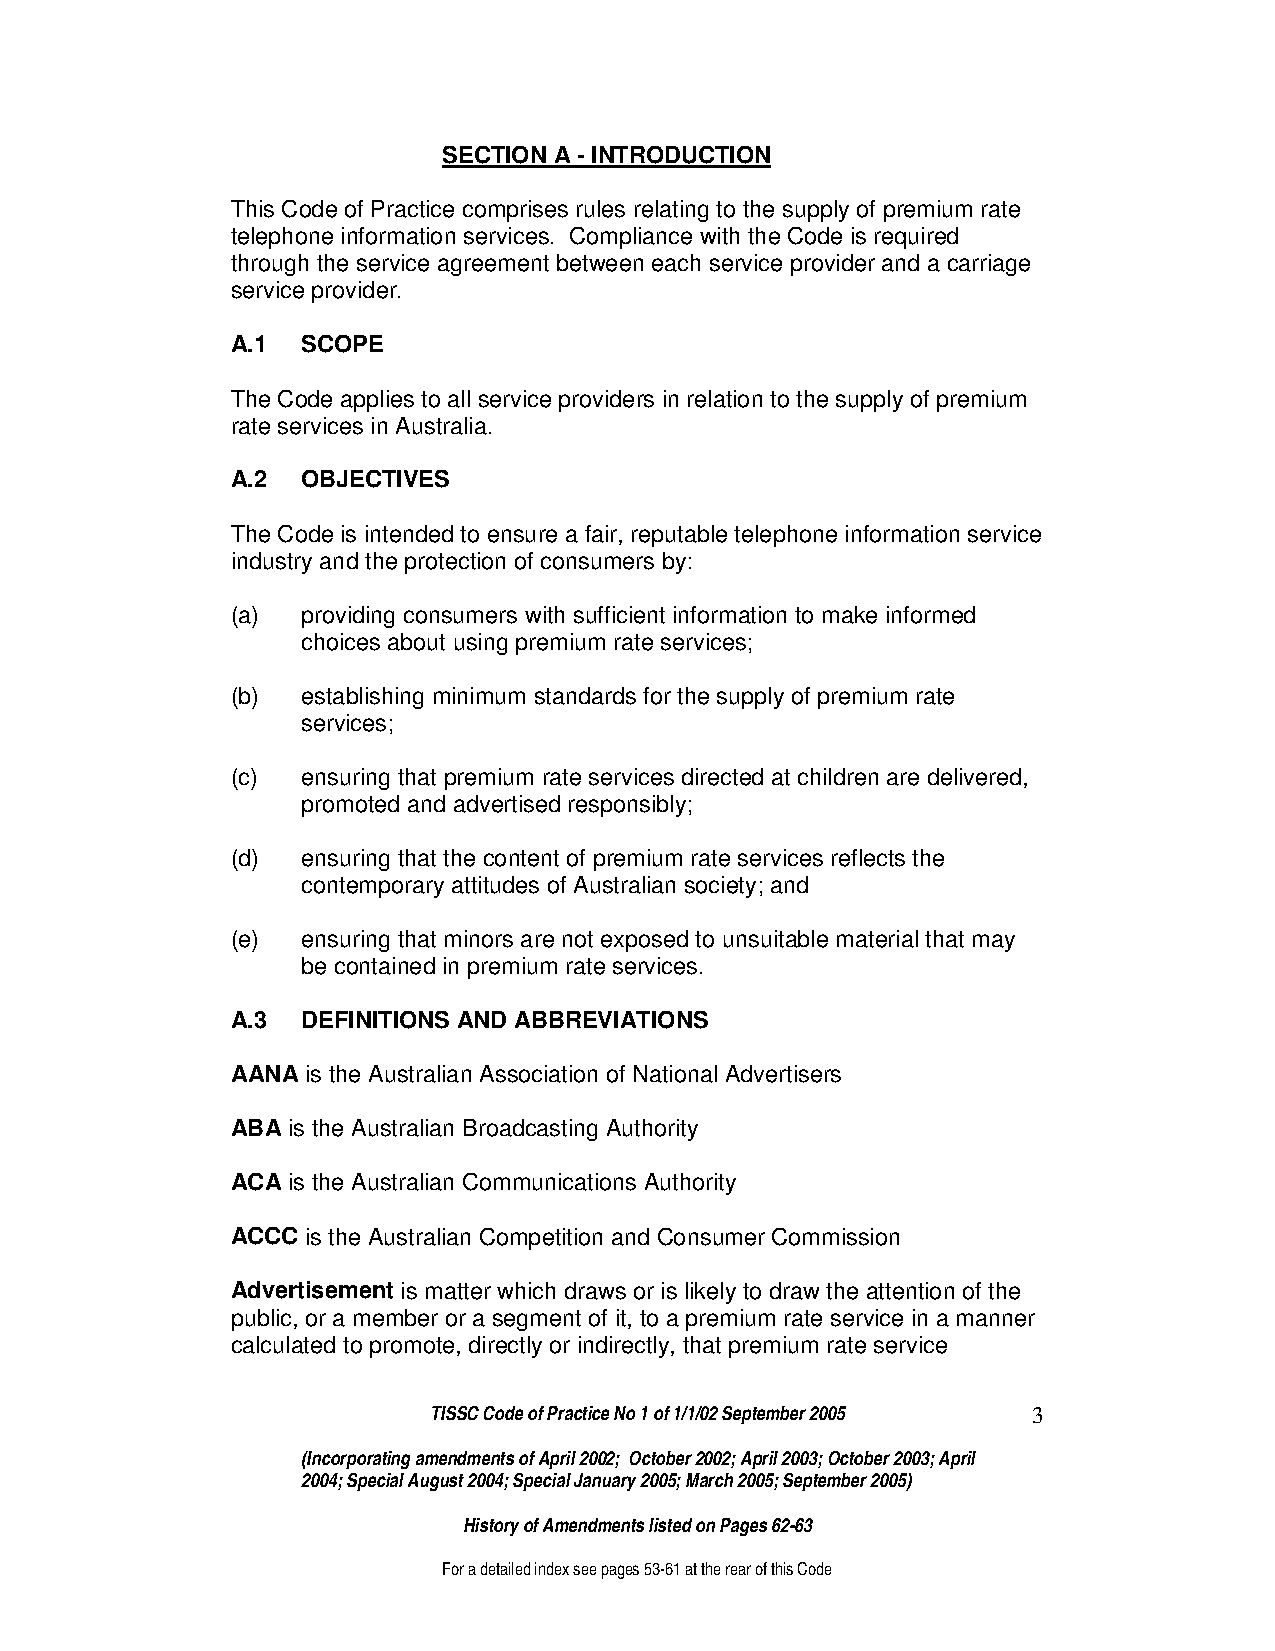
SECTION A - INTRODUCTION
 This Code of Practice comprises rules relating to the supply of premium rate
 telephone information services. Compliance with the Code is required
 through the service agreement between each service provider and a carriage
 service provider.
 A.1  SCOPE
 The Code applies to all service providers in relation to the supply of premium
 rate services in Australia.
 A.2  OBJECTIVES
 The Code is intended to ensure a fair, reputable telephone information service
 industry and the protection of consumers by:
 (a)  providing consumers with sufficient information to make informed
 choices about using premium rate services;
 (b)  establishing minimum standards for the supply of premium rate
 services;
 (c)  ensuring that premium rate services directed at children are delivered,
 promoted and advertised responsibly;
 (d)  ensuring that the content of premium rate services reflects the
 contemporary attitudes of Australian society; and
 (e)  ensuring that minors are not exposed to unsuitable material that may
 be contained in premium rate services.
 A.3  DEFINITIONS AND ABBREVIATIONS
 AANA is the Australian Association of National Advertisers
 ABA is the Australian Broadcasting Authority
 ACA is the Australian Communications Authority
 ACCC is the Australian Competition and Consumer Commission
 Advertisement is matter which draws or is likely to draw the attention of the
 public, or a member or a segment of it, to a premium rate service in a manner
 calculated to promote, directly or indirectly, that premium rate service
 TISSC Code of Practice No 1 of 1/1/02 September 2005 3
 (Incorporating amendments of April 2002; October 2002; April 2003; October 2003; April
 2004; Special August 2004; Special January 2005; March 2005; September 2005)
 History of Amendments listed on Pages 62-63
 For a detailed index see pages 53-61 at the rear of this Code